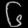
Digit: ၆